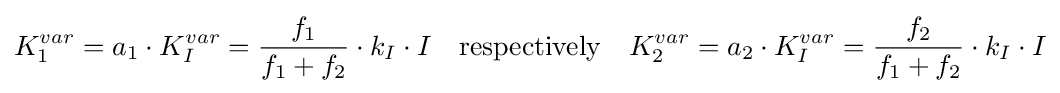
K_{1}^{var}=a_{1}\cdot K_{I}^{var}={\frac {f_{1}}{f_{1}+f_{2}}}\cdot k_{I}\cdot I\quad {\text{respectively}}\quad K_{2}^{var}=a_{2}\cdot K_{I}^{var}={\frac {f_{2}}{f_{1}+f_{2}}}\cdot k_{I}\cdot I